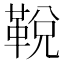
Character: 𩊭